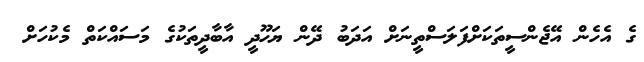
ގެ އެހެން އޭޖެންސީތަކަށްފަލަސްތީނަށް އަދަބު ދޭން ޔަހޫދީ އާބާދީތަކުގެ މަސައްކަތް މެކުހަށް